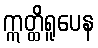
ဣတ္ထိရူပေန